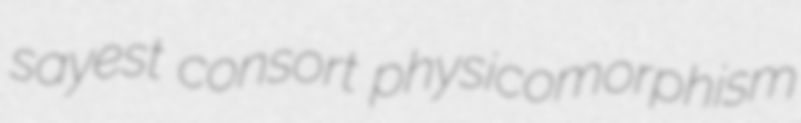
sayest consort physicomorphism